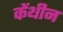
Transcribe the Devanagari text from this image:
केंथीन